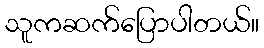
သူကဆက်ပြောပါတယ်။